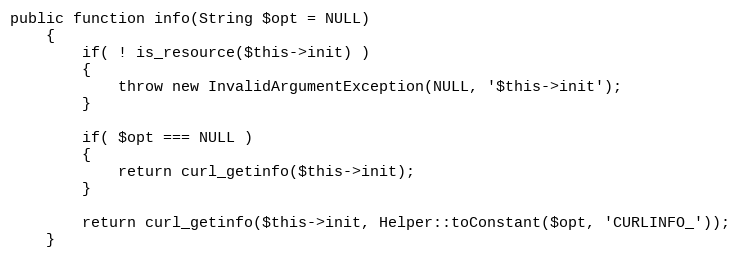
Language: PHP
public function info(String $opt = NULL)
    {
        if( ! is_resource($this->init) )
        {
            throw new InvalidArgumentException(NULL, '$this->init');
        }

        if( $opt === NULL )
        {
            return curl_getinfo($this->init);
        }

        return curl_getinfo($this->init, Helper::toConstant($opt, 'CURLINFO_'));
    }